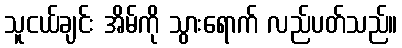
သူငယ်ချင်း အိမ်ကို သွားရောက် လည်ပတ်သည်။